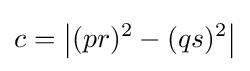
c={\bigl |}(pr)^{2}-(qs)^{2}{\bigr |}